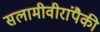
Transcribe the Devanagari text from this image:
सलामीवीरांपैकी